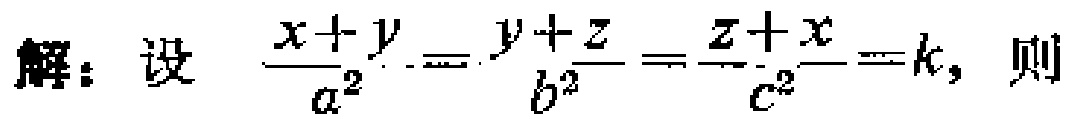
解：设 $\frac{x + y}{a^{2}}=\frac{y + z}{b^{2}}=\frac{z + x}{c^{2}}=k$，则